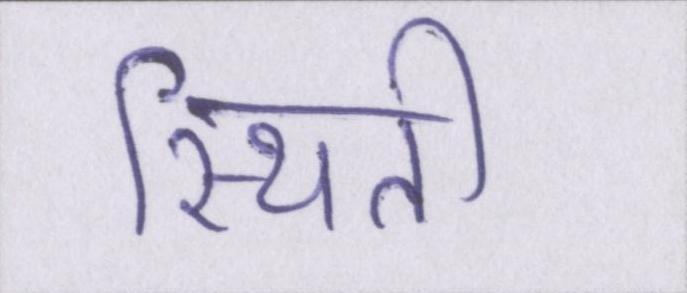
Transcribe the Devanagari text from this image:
स्थिती